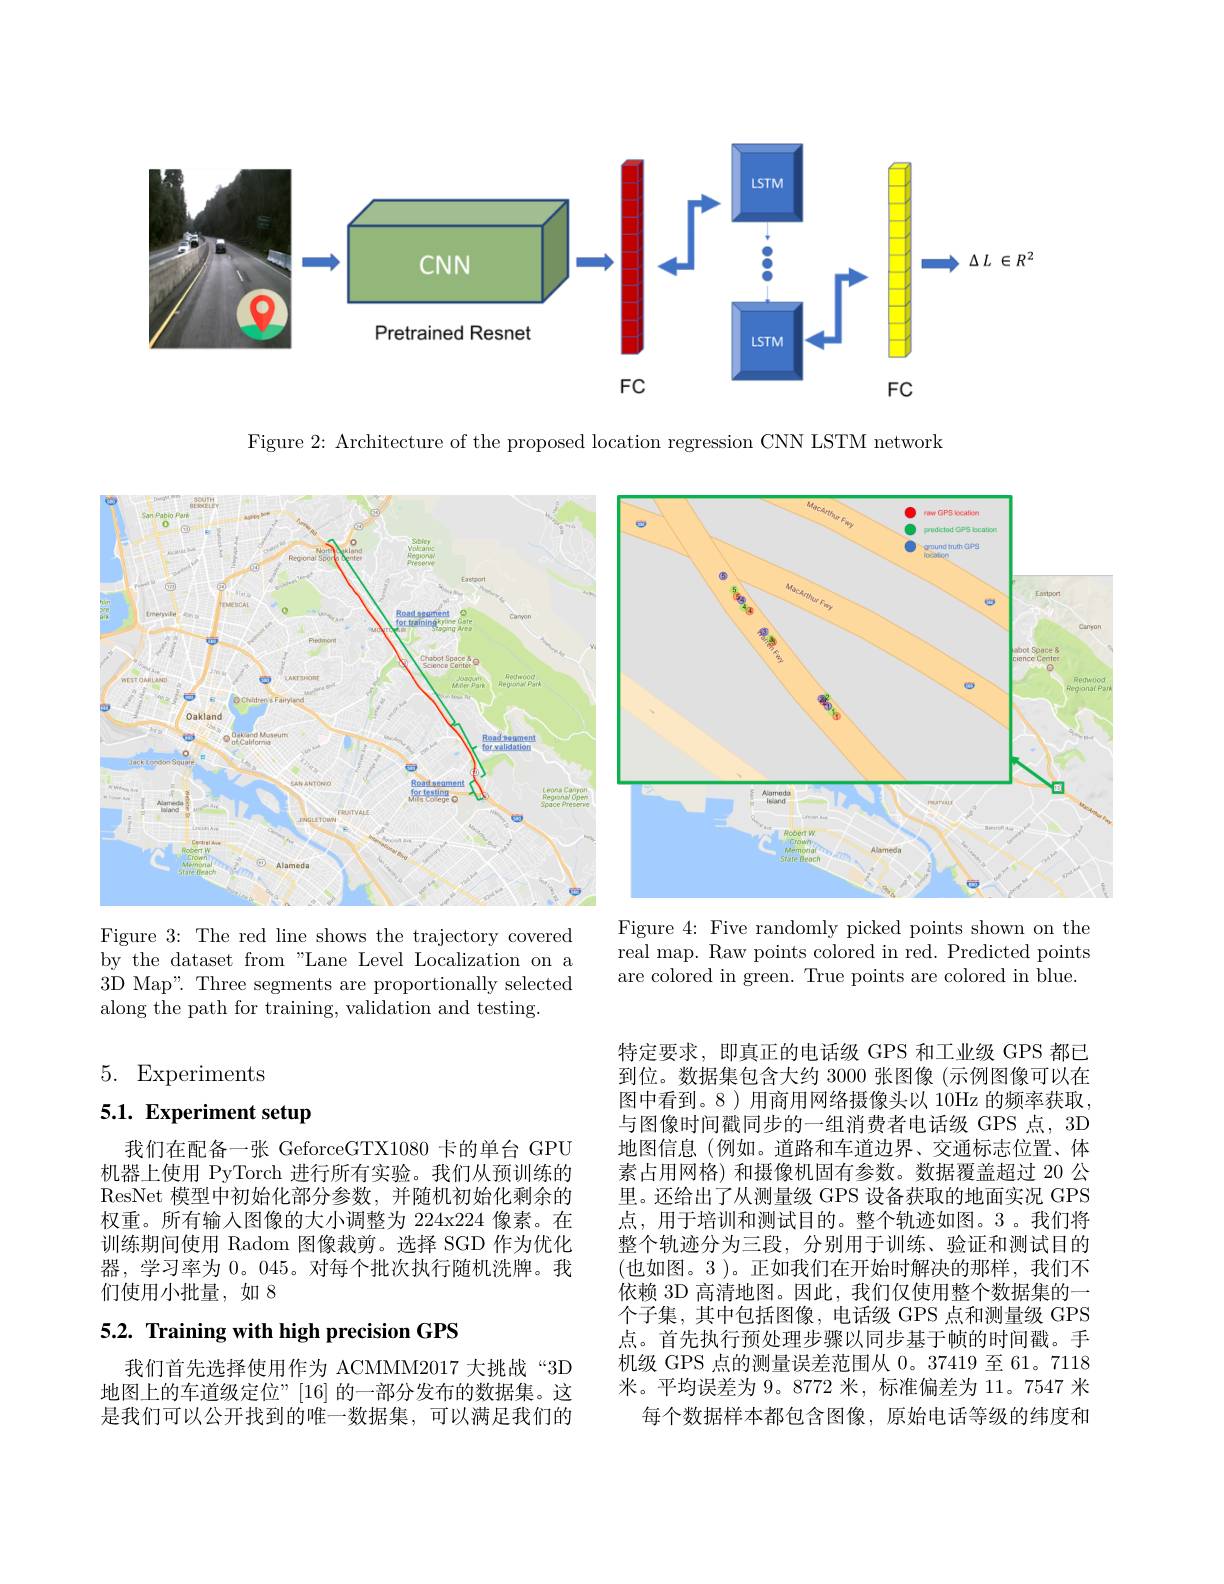
<FigureHere>

Figure 2: Architecture of the proposed location regression CNN LSTM network

<FigureHere>
Figure 4: Five randomly picked points shown on the

real map. Raw points colored in red. Predicted points $\tilde{\text{are colored in green. True points are colored in blue}}.$

Figure 3: The red line shows the trajectory covered by the dataset from "Lane Level Localization on a 3D Map". Three segments are proportionally selected along the path for training, validation and testing.

5. Experiments

5.1. Experiment setup

我们在配备一张 GeforceGTX1080 卡的单台 GPU 机器上使用 PyTorch 进行所有实验。我们从预训练的ResNet 模型中初始化部分参数，并随机初始化剩余的权重。所有输入图像的大小调整为 224x224 像素。在训练期间使用 Radom 图像裁剪。选择 SGD 作为优化器，学习率为0。045。对每个批次执行随机洗牌。我们使用小批量，如 8

特定要求，即真正的电话级 GPS 和工业级 GPS 都已到位。数据集包含大约 3000 张图像 (示例图像可以在图中看到。8)用商用网络摄像头以 10Hz 的频率获取， 与图像时间戳同步的一组消费者电话级 GPS 点，3D 地图信息 (例如。道路和车道边界、交通标志位置、体素占用网格) 和摄像机固有参数。数据覆盖超过 20 公里。还给出了从测量级 GPS 设备获取的地面实况 GPS 点，用于培训和测试目的。整个轨迹如图。3。我们将整个轨迹分为三段，分别用于训练、验证和测试目的(也如图。3 )。正如我们在开始时解决的那样，我们不依赖 3D 高清地图。因此，我们仅使用整个数据集的一个子集，其中包括图像，电话级 GPS 点和测量级 GPS 点。首先执行预处理步骤以同步基于帧的时间戳。手机级 GPS 点的测量误差范围从 0。37419 至 61。7118米。平均误差为 9。8772 米，标准偏差为 11。7547 米
每个数据样本都包含图像，原始电话等级的纬度和

## 5.2. Training with high precision GPS

我们首先选择使用作为 ACMMM2017 大挑战“3D 地图上的车道级定位”[16] 的一部分发布的数据集。这是我们可以公开找到的唯一数据集，可以满足我们的